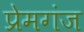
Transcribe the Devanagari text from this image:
प्रेमगंज